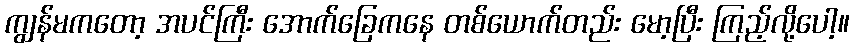
ကျွန်မကတော့ အပင်ကြီး အောက်ခြေကနေ တစ်ယောက်တည်း မော့ပြီး ကြည့်လို့ပေါ့။